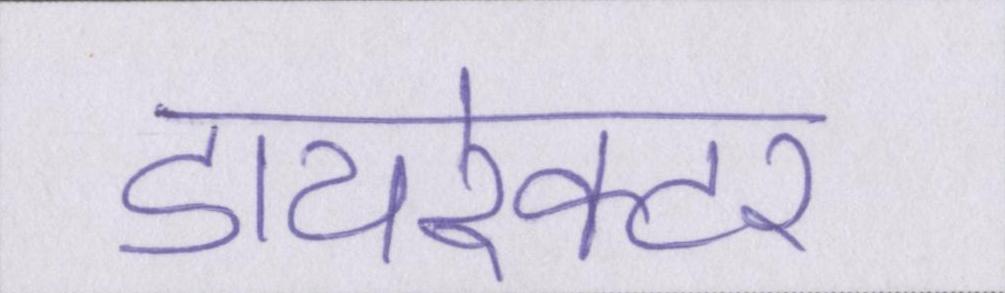
डायरेक्टर